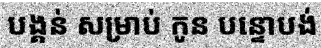
បង្គន់ សម្រាប់ កូន បន្ទោបង់